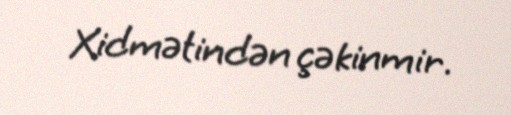
Xidmətindən çəkinmir.